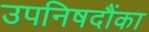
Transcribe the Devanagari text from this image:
उपनिषदौंका